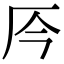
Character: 㕂